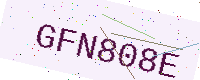
Text: GFN808E